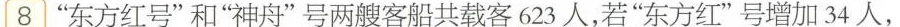
8”东方红号”和”神舟”号两艘客船共载客623人，若”东方红”号增加34人，